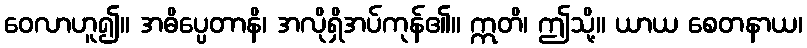
ဝေလာဟူ၍။ အဓိပ္ပေတာနိ၊ အလိုရှိအပ်ကုန်၏။ ဣတိ၊ ဤသို့။ ယာယ စေတနာယ၊